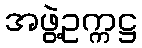
အဖွဲ့ဥက္ကဋ္ဌ